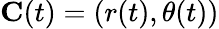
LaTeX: \mathbf{C}(t)=(r(t),\theta(t))